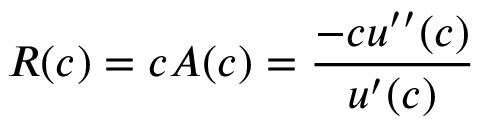
R ( c ) = c A ( c ) = { \frac { - c u ^ { \prime \prime } ( c ) } { u ^ { \prime } ( c ) } }